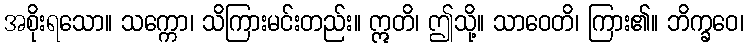
အစိုးရသော။ သက္ကော၊ သိကြားမင်းတည်း။ ဣတိ၊ ဤသို့။ သာဝေတိ၊ ကြား၏။ ဘိက္ခဝေ၊